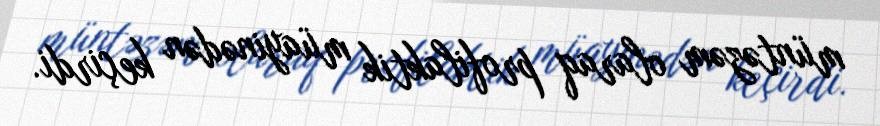
müntəzəm olaraq profilaktik müayinədən keçirdi.